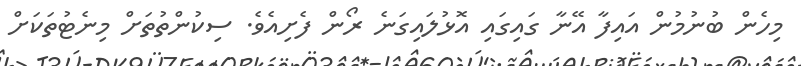
މިހެން ބުނުމުން އައިފާ އޭނާ ގައިގައި އޮޅުލައިގަނެ ރޯން ފެށިއެވެ. ސިކުންތުތަށް މިނެޓުތަކަށް